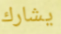
يشارك